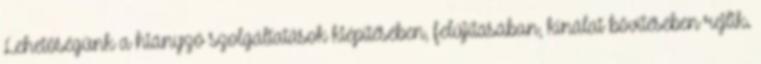
Lehetőségünk a hiányzó szolgáltatások kiépítésében, felújításában, kínálat bővítésében rejlik.